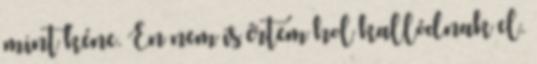
mint kéne. Én nem is értem hol kallódnak el.